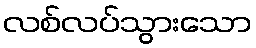
လစ်လပ်သွားသော